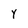
Character: Y